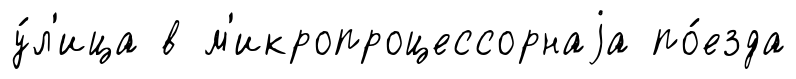
у́л'ица в м'икропроцессорнаjа по́езда